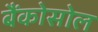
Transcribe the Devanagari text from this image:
बैंकोसोल